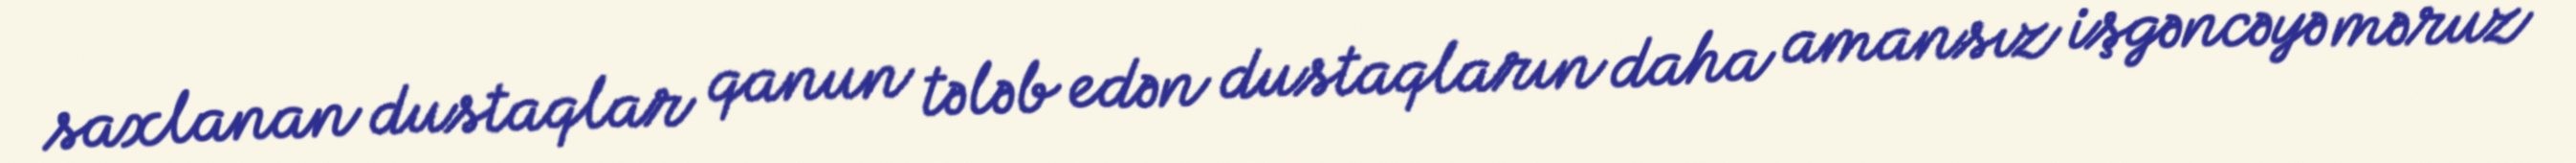
saxlanan dustaqlar qanun tələb edən dustaqların daha amansız işgəncəyə məruz